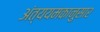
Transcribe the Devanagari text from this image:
अंत्ययमकानुसार